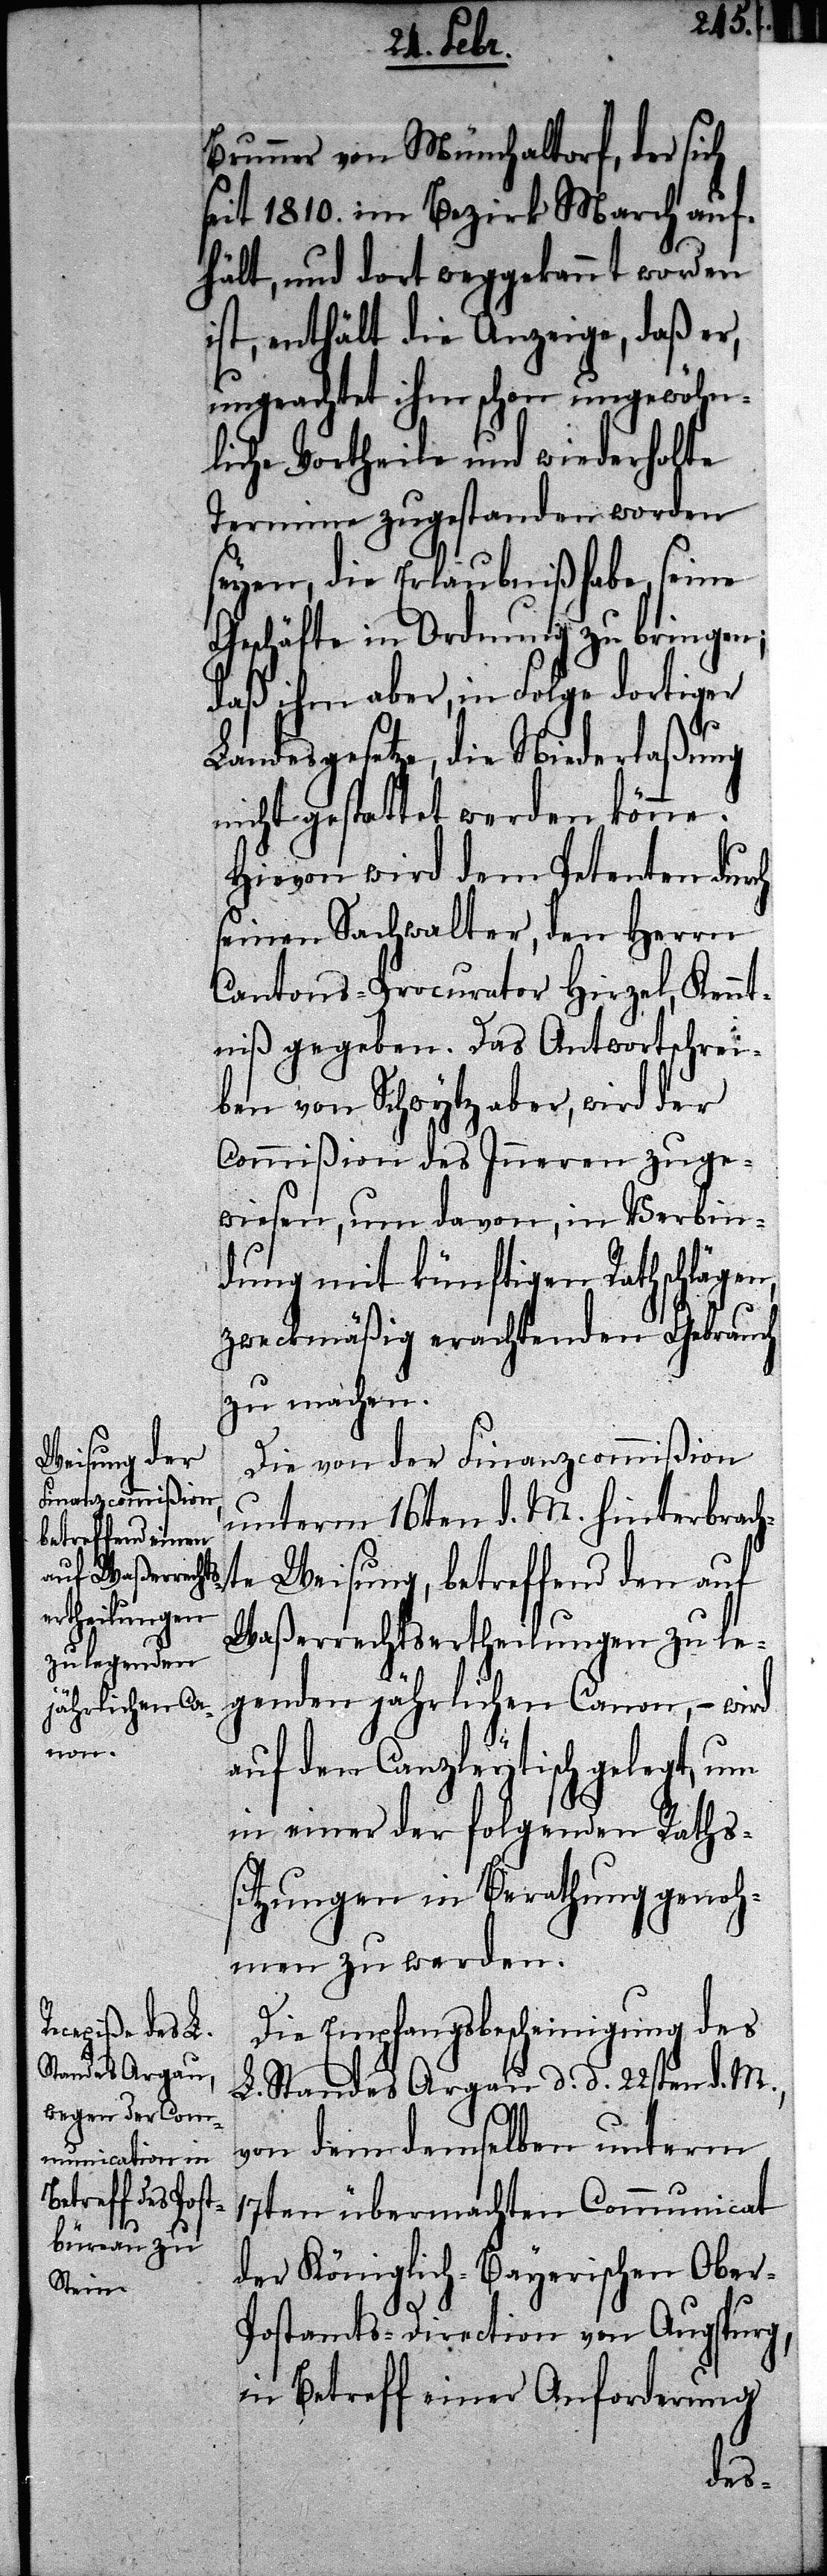
Brunner von Münchaltorf, der sich
seit 1810. im Bezirk March auf¬
hält, und dort weggekannt worden
ist, enthält die Anzeige, daß er,
ungeachtet ihm schon ungewöhn¬
liche Vortheile und wiederholte
Termine zugestanden worden
seyen, die Erlaubniß habe, seine
Geschäfte in Ordnung zu bringen;
daß ihm aber, in Folge dortiger
Landesgesetze, die Niederlaßung
nicht gestattet werden könne.
Hievon wird dem Petenten durch
seinen Sachwalter, den Herrn
Cantons-Procurator Hirzel, Kennt¬
niß gegeben. Das Antwortschrei¬
ben von Schwytz aber, wird der
Commißion des Inneren zuge¬
wiesen, um davon, in Verbin¬
dung mit künftigen Rathschlägen,
zweckmäßig erachtenden Gebrauch
zu machen.
Die von der Finanzcommißion
unterm 16ten d. M. hinterbrach¬
te Weisung, betreffend den auf
Waßerrechtsertheilungen zu le¬
genden jährlichen Canon, – wird
auf den Canzleytisch gelegt, um
in einer der folgenden Raths¬
sitzungen in Berathung genoh¬
men zu werden.
Die Empfangsbescheinigung des
L. Standes Argau d. d. 22sten d. M.
,
von dem demselben unterm
17ten übermachten Communicat
der Königlich-Bayerischen Ober-P¬
ostamts-Direction von Augspurg,
in Betreff einer Anforderung